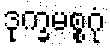
ဒုက္ခမစ္စဂုံ